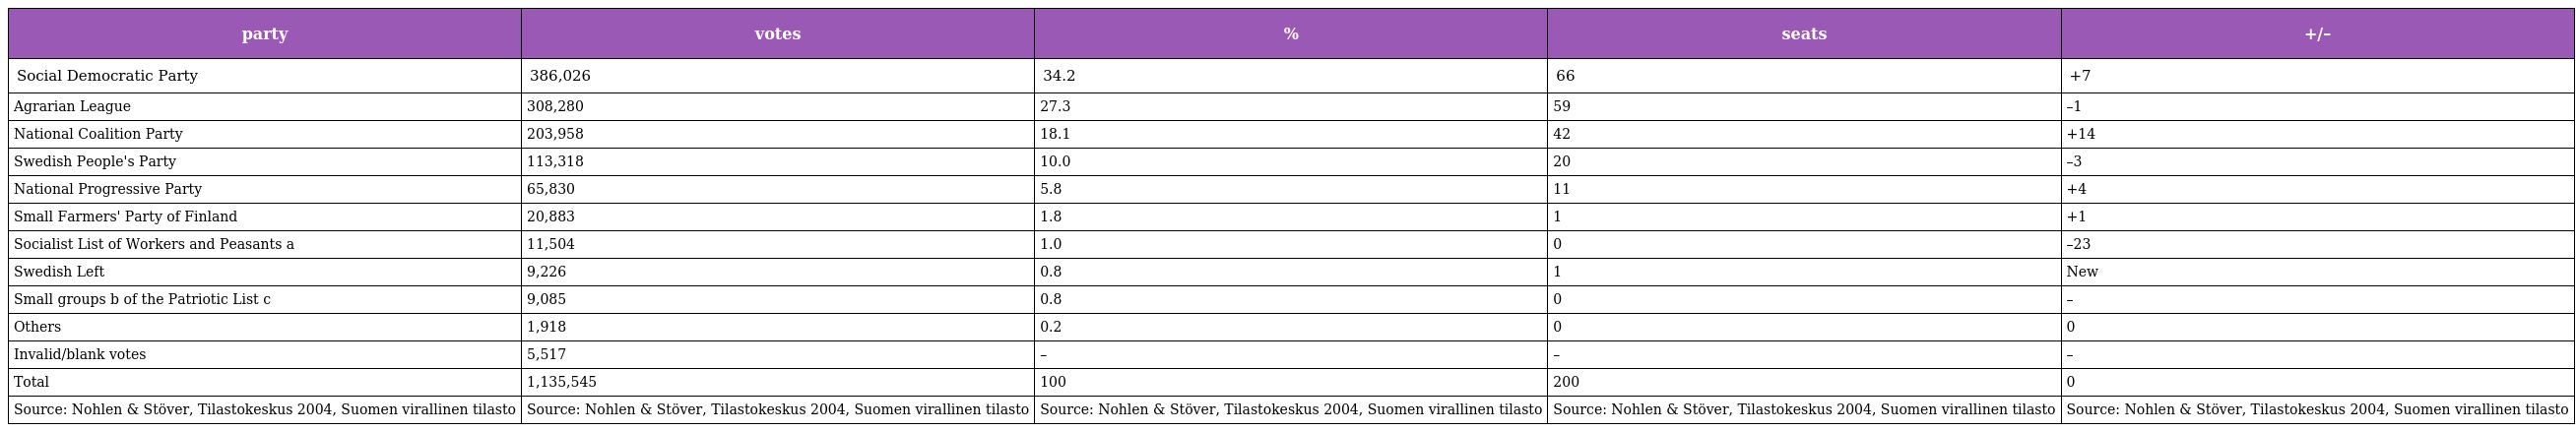
| party | votes | % | seats | +/– |
 | --- | --- | --- | --- | --- |
 | Social Democratic Party | 386,026 | 34.2 | 66 | +7 |
 | Agrarian League | 308,280 | 27.3 | 59 | –1 |
 | National Coalition Party | 203,958 | 18.1 | 42 | +14 |
 | Swedish People's Party | 113,318 | 10.0 | 20 | –3 |
 | National Progressive Party | 65,830 | 5.8 | 11 | +4 |
 | Small Farmers' Party of Finland | 20,883 | 1.8 | 1 | +1 |
 | Socialist List of Workers and Peasants a | 11,504 | 1.0 | 0 | –23 |
 | Swedish Left | 9,226 | 0.8 | 1 | New |
 | Small groups b of the Patriotic List c | 9,085 | 0.8 | 0 | – |
 | Others | 1,918 | 0.2 | 0 | 0 |
 | Invalid/blank votes | 5,517 | – | – | – |
 | Total | 1,135,545 | 100 | 200 | 0 |
 | Source: Nohlen & Stöver, Tilastokeskus 2004, Suomen virallinen tilasto | Source: Nohlen & Stöver, Tilastokeskus 2004, Suomen virallinen tilasto | Source: Nohlen & Stöver, Tilastokeskus 2004, Suomen virallinen tilasto | Source: Nohlen & Stöver, Tilastokeskus 2004, Suomen virallinen tilasto | Source: Nohlen & Stöver, Tilastokeskus 2004, Suomen virallinen tilasto |